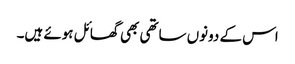
اس کے دونوں ساتھی بھی گھائل ہوئے ہیں۔